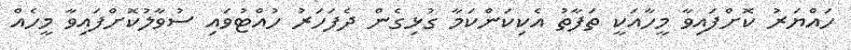
ހައްޔަރު ކޮށްފައިވާ މީހާއަކީ ތަފާތު އެކިކަންކަމާ ގުޅިގެން ދެފަހަރު ހުއްޓުވައި ސުވާލުކޮށްފައިވާ މީހެއް